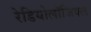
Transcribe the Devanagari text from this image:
रेडियोलॉजिक्ल